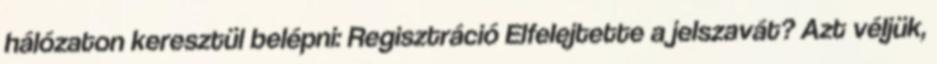
hálózaton keresztül belépni: Regisztráció Elfelejtette a jelszavát? Azt véljük,